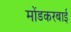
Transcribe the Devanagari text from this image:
मोंडकरबाई